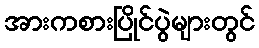
အားကစားပြိုင်ပွဲများတွင်